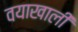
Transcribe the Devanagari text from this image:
वयाखाली